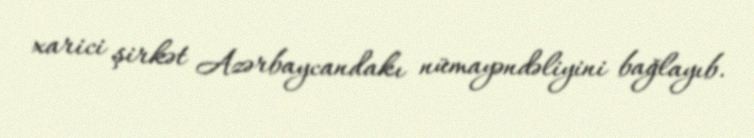
xarici şirkət Azərbaycandakı nümayəndəliyini bağlayıb.